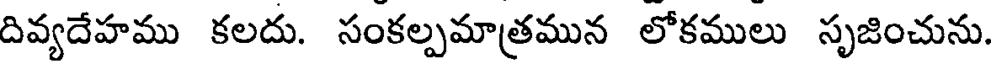
దివ్యదేహము కలదు. సంకల్పమాత్రమున లోకములు సృజించును.